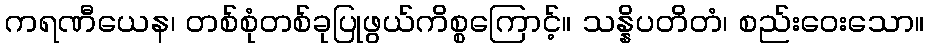
ကရဏီယေန၊ တစ်စုံတစ်ခုပြုဖွယ်ကိစ္စကြောင့်။ သန္နိပတိတံ၊ စည်းဝေးသော။